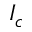
I _ { c }